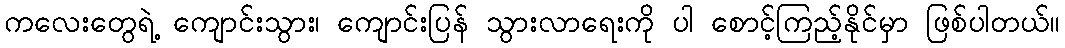
ကလေးတွေရဲ့ ကျောင်းသွား၊ ကျောင်းပြန် သွားလာရေးကို ပါ စောင့်ကြည့်နိုင်မှာ ဖြစ်ပါတယ်။